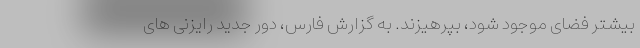
بیشتر فضای موجود شود، بپرهیزند. به گزارش فارس، دور جدید رایزنی های